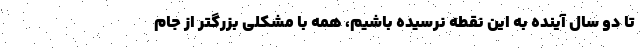
تا دو سال آینده به این نقطه نرسیده باشیم، همه با مشکلی بزرگتر از جام